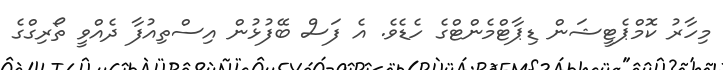
މިހާރު ކޮމްޕެޓީޝަން ޑިޕާޓްމެންޓްގެ ހެޑެވެ. އެ ފަސް ބޭފުޅުން އިސްތިއުފާ ދެއްވީ ތޯރިގްގެ